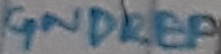
Text: GNDREF